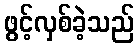
ဖွင့်လှစ်ခဲ့သည်